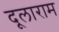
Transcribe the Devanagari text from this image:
दूलाराम